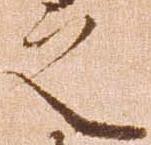
之